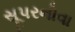
સૂપરનોવા